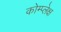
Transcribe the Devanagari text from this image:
कोम्प्लेक्ष